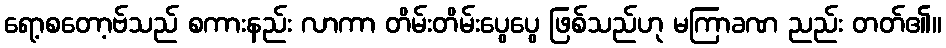
ရော့စတော့ဗ်သည် စကားနည်း လာကာ တိမ်းတိမ်းပွေပွေ ဖြစ်သည်ဟု မကြာခဏ ညည်း တတ်၏။